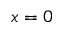
x = 0